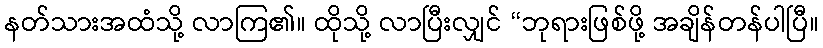
နတ်သားအထံသို့ လာကြ၏။ ထိုသို့ လာပြီးလျှင် “ဘုရားဖြစ်ဖို့ အချိန်တန်ပါပြီ။